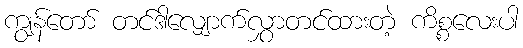
ကျွန်တော် တင်ဒါလျှောက်လွှာတင်ထားတဲ့ ကိစ္စလေးပါ